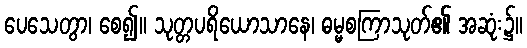
ပေသေတွာ၊ စေ၍။ သုတ္တပရိယောသာနေ၊ ဓမ္မစကြာသုတ်၏ အဆုံး၌။